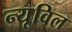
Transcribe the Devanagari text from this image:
न्यूविल